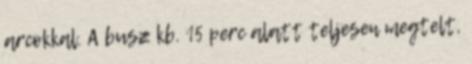
arcokkal. A busz kb. 15 perc alatt teljesen megtelt,